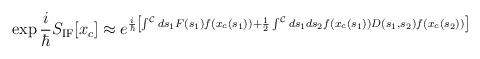
LaTeX: \begin{align*}\exp{{i\over\hbar}S_{\rm IF}[x_c]} \approx e^{{i\over\hbar} \left[\int^{\cal C} ds_1 F(s_1) f(x_c(s_1)) + {1\over 2} \int^{\cal C}ds_1ds_2 f(x_c(s_1)) D(s_1,s_2) f(x_c(s_2))\right]} \end{align*}